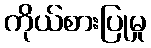
ကိုယ်စားပြုမှု